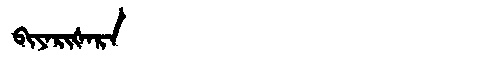
Manchu: ᠪᡳᠶᠠᡵᡳᡧᠠᡵᠠ
Romanization: BIYARIŠARA